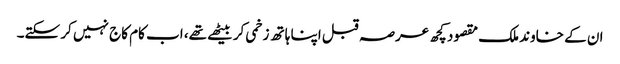
ان کے خاوند ملک مقصود کچھ عرصہ قبل اپنا ہاتھ زخمی کر بیٹھے تھے، اب کام کاج نہیں کر سکتے۔